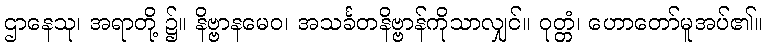
ဌာနေသု၊ အရာတို့ ၌။ နိဗ္ဗာနမေဝ၊ အသင်္ခတနိဗ္ဗာန်ကိုသာလျှင်။ ဝုတ္တံ၊ ဟောတော်မူအပ်၏။